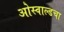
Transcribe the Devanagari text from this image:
ओस्वाल्डचा